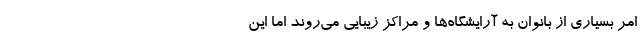
امر بسیاری از بانوان به آرایشگاه‌ها و مراکز زیبایی می‌روند اما این